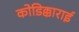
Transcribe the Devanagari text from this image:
कोडिक्काराई